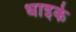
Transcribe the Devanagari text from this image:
धाइके